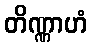
တိဏ္ဏာဟံ